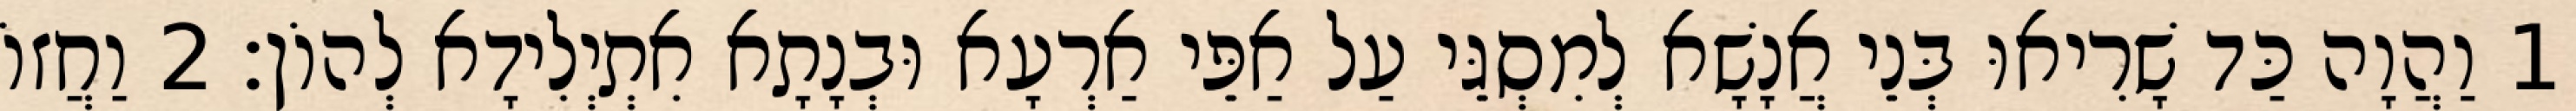
1 וַהֲוָה כַּד שָׁרִיאוּ בְּנֵי אֲנָשָׁא לְמִסְגֵּי עַל אַפֵּי אַרְעָא וּבְנָתָא אִתְיְלִידָא לְהוֹן׃ 2 וַחֲזוֹ